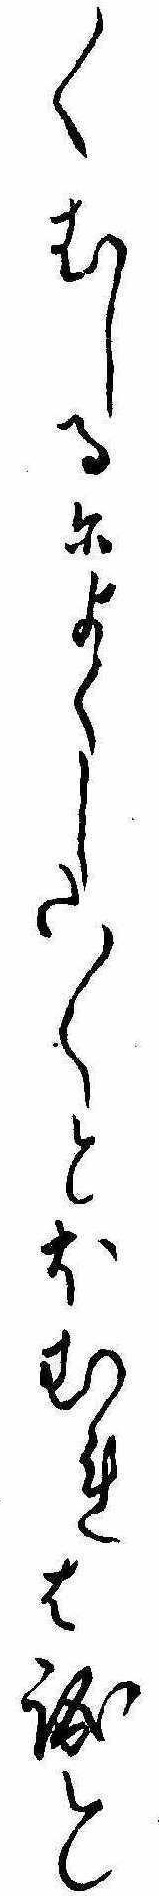
〱むしるによくした〱とほむれは誠と